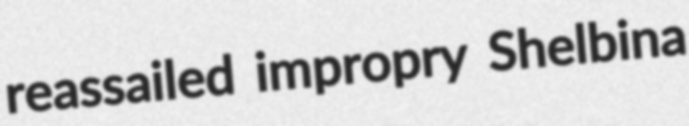
reassailed impropry Shelbina